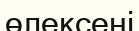
өлексені